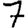
Digit: 7